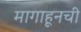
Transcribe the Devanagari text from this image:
मागाहूनची